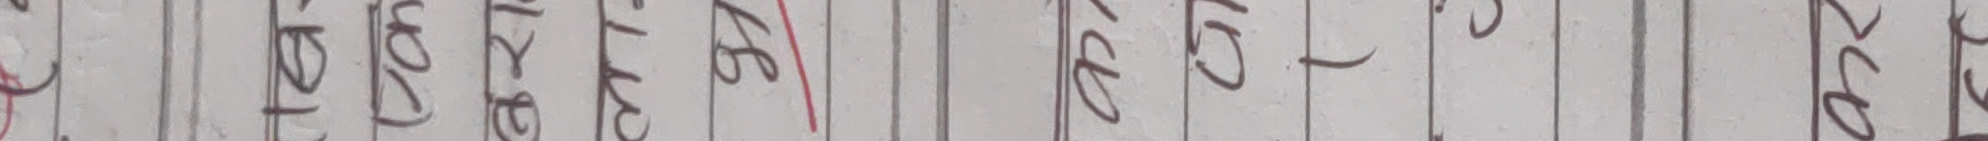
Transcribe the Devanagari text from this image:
इ प य म ल ब नो ग ल व र स र १६ १६५०० १६००० प ग म ल म ज र ल